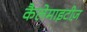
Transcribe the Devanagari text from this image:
कैलेमाइटीज़